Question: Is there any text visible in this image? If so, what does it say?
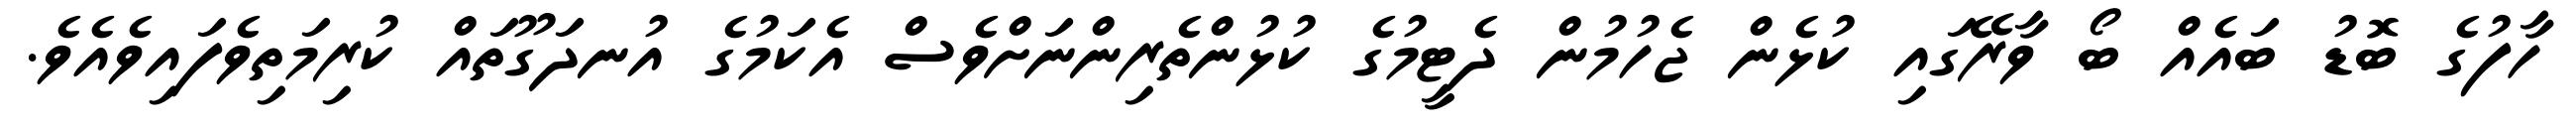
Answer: ހާފުގެ ބޮޑު ބައެއް ބޯ ވާރޭގައި ކުޅެން ޖެހުމުން ދެޓީމުގެ ކުޅުންތެރިންނަށްވެސް އެކަމުގެ އުނދަގޫތައް ކުރިމަތިވެފައިވެއެވެ.